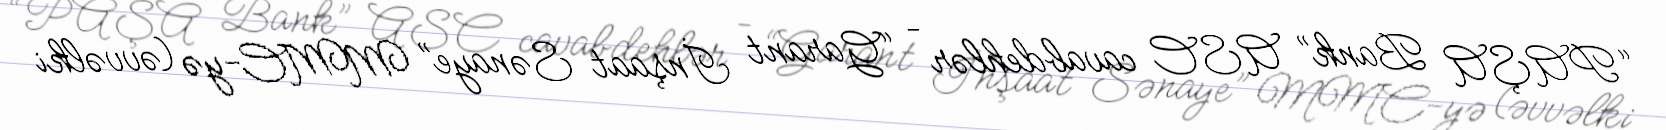
“PAŞA Bank” ASC cavabdehlər – “Garant İnşaat Sənaye” MMC-yə (əvvəlki